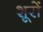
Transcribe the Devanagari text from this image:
शूरों